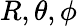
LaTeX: R,\theta,\phi